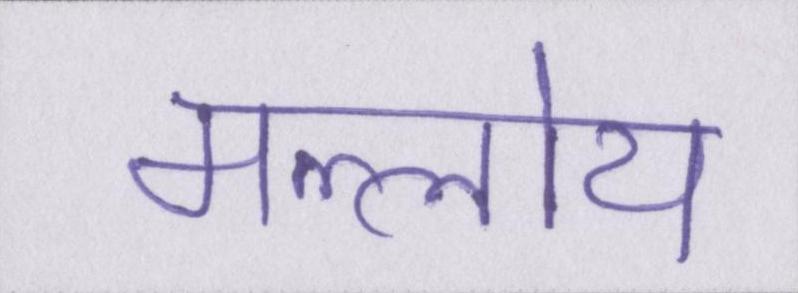
मल्लोय